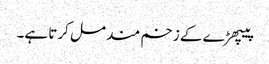
پیپھڑ ے کے زخم مند مل کرتا ہے۔